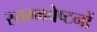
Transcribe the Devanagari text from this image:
स्तम्भवेष्टनों